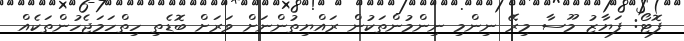
ފޮޓޯ: ފަޔާޒު މޫސާ މިރޭ ނިންމި ނިންމުންތަކުން ރައްޔިތުންނަށް ވަރަށް ބޮޑެތި ހިތްހަމަޖެހުންތަކެއް